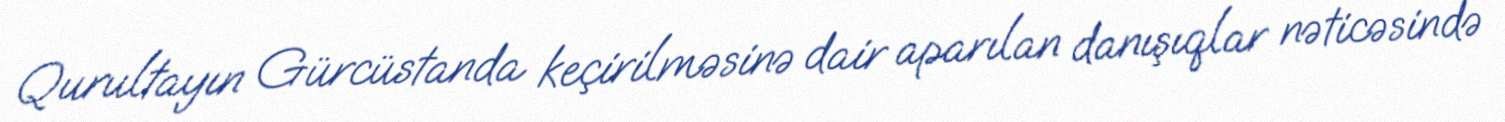
Qurultayın Gürcüstanda keçirilməsinə dair aparılan danışıqlar nəticəsində